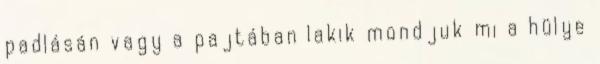
padlásán vagy a pajtában lakik mondjuk mi a hülye